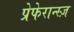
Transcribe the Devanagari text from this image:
प्रेफेरान्स्ज़